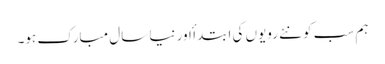
ہم سب کو نئے رویوں کی ابتدا ٔ اور نیا سال مبارک ہو۔